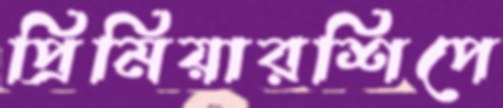
প্রিমিয়ারশিপে